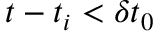
t - t _ { i } < \delta t _ { 0 }